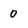
Character: 0